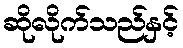
ဆိုလိုက်သည်နှင့်